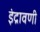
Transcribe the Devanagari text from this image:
इंद्रावणी